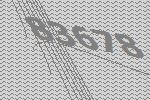
83678